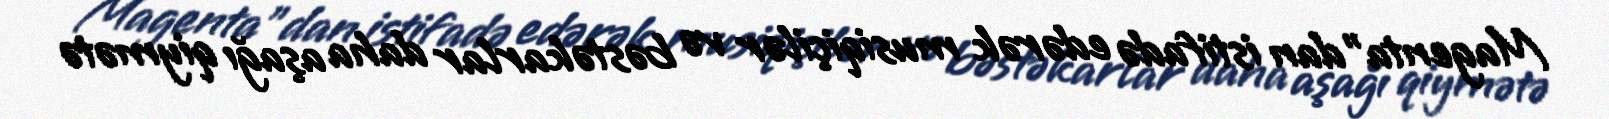
Magenta"dan istifadə edərək musiqiçilər və bəstəkarlar daha aşağı qiymətə